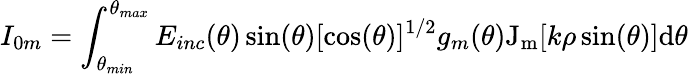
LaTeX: I_{0m}=\int_{\theta_{min}}^{\theta_{max}}E_{inc}(\theta)\sin(\theta)[\cos(\theta)]^{1/2}g_{m}(\theta)\mathrm{J_{m}}[k\rho\sin(\theta)]\mathrm{d}\theta